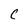
Character: C